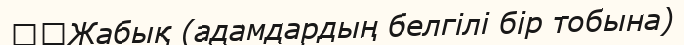
	Жабық (адамдардың белгілі бір тобына)